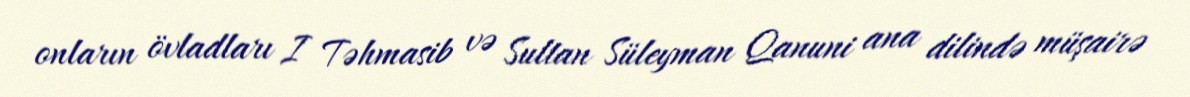
onların övladları I Təhmasib və Sultan Süleyman Qanuni ana dilində müşairə